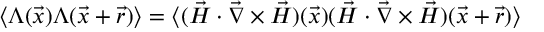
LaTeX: \langle \Lambda ( \vec { x } ) \Lambda ( \vec { x } + \vec { r } ) \rangle = \langle ( \vec { H } \cdot \vec { \nabla } \times \vec { H } ) ( \vec { x } ) ( \vec { H } \cdot \vec { \nabla } \times \vec { H } ) ( \vec { x } + \vec { r } ) \rangle